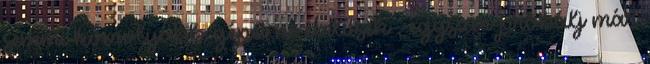
semmi komolyabb gépet ne említsek , egyszer próbálj már